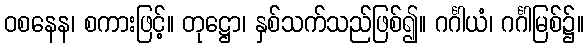
ဝစနေန၊ စကားဖြင့်။ တုဋ္ဌော၊ နှစ်သက်သည်ဖြစ်၍။ ဂင်္ဂါယံ၊ ဂင်္ဂါမြစ်၌။